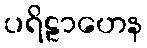
ပရိဠာဟေန